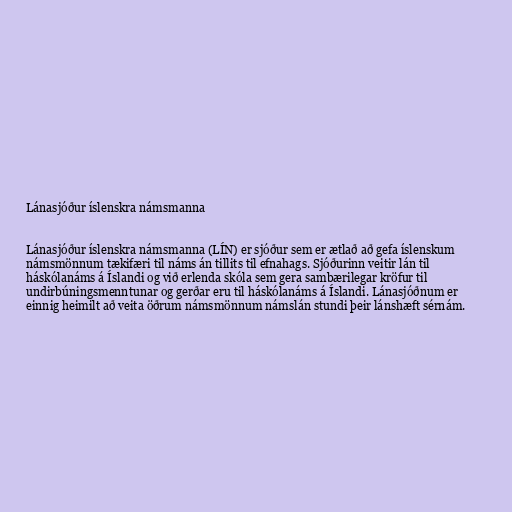
Lánasjóður íslenskra námsmanna

Lánasjóður íslenskra námsmanna (LÍN) er sjóður sem er ætlað að gefa íslenskum
námsmönnum tækifæri til náms án tillits til efnahags. Sjóðurinn veitir lán til
háskólanáms á Íslandi og við erlenda skóla sem gera sambærilegar kröfur til
undirbúningsmenntunar og gerðar eru til háskólanáms á Íslandi. Lánasjóðnum er
einnig heimilt að veita öðrum námsmönnum námslán stundi þeir lánshæft sérnám.